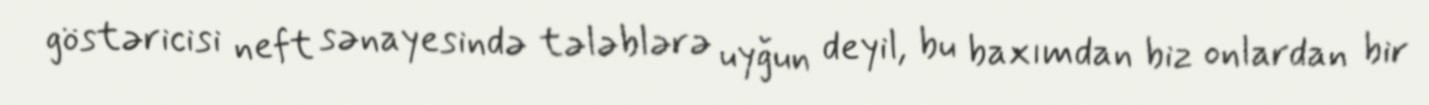
göstəricisi neft sənayesində tələblərə uyğun deyil, bu baxımdan biz onlardan bir